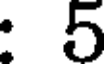
: 5